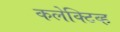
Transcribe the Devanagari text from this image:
कलेक्टिव्ह